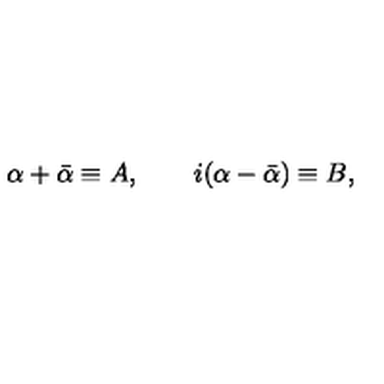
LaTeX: \alpha + \bar { \alpha } \equiv A , \qquad i ( \alpha - \bar { \alpha } ) \equiv B ,